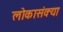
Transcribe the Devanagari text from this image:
लोकासंक्या